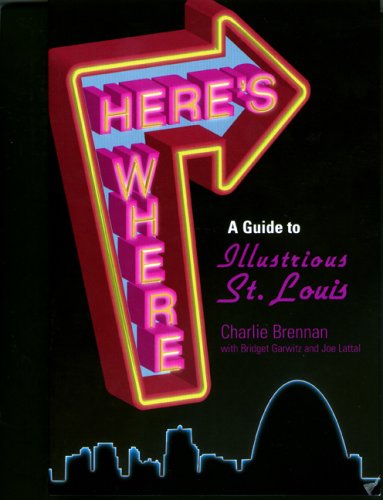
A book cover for Here's Where: A Guide to Illustrious St. Louis; Charles Brennan; Travel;